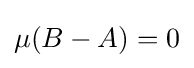
{\textstyle \mu (B-A)=0}